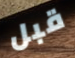
قبل